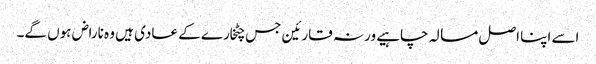
اسے اپنا اصل مسالہ چاہیے ورنہ قارئین جس چٹخارے کے عادی ہیں وہ ناراض ہوں گے۔